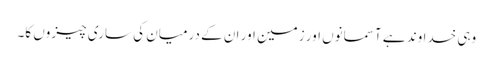
وہی خداوند ہے آسمانوں اور زمین اور ان کے درمیان کی ساری چیزوں کا۔